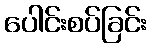
ပေါင်းစပ်ခြင်း